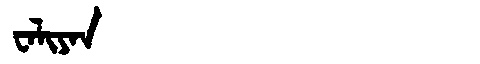
Manchu: ᠸᠠᠯᡳᠶᠠᠨ
Romanization: WALIYAN